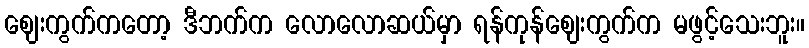
ဈေးကွက်ကတော့ ဒီဘက်က လောလောဆယ်မှာ ရန်ကုန်ဈေးကွက်က မဖွင့်သေးဘူး။